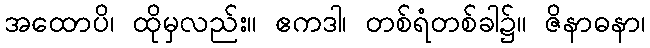
အထောပိ၊ ထိုမှလည်း။ ဧကဒါ၊ တစ်ရံတစ်ခါ၌။ ဇိနာဓနာ၊